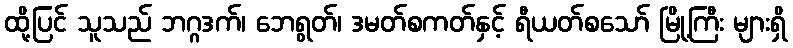
ထို့ပြင် သူသည် ဘဂ္ဂဒက်၊ ဘေရွတ်၊ ဒမတ်စကတ်နှင့် ရီယတ်စသော် မြို့ကြီး များရှိ